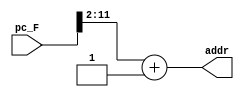
module ins_addr(
	pc_F,addr
    );
	input[31:0] pc_F;
	output [10:0] addr;
	assign addr={0,pc_F[11:2]}+1;

endmodule